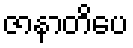
ဇာနာတိပေ